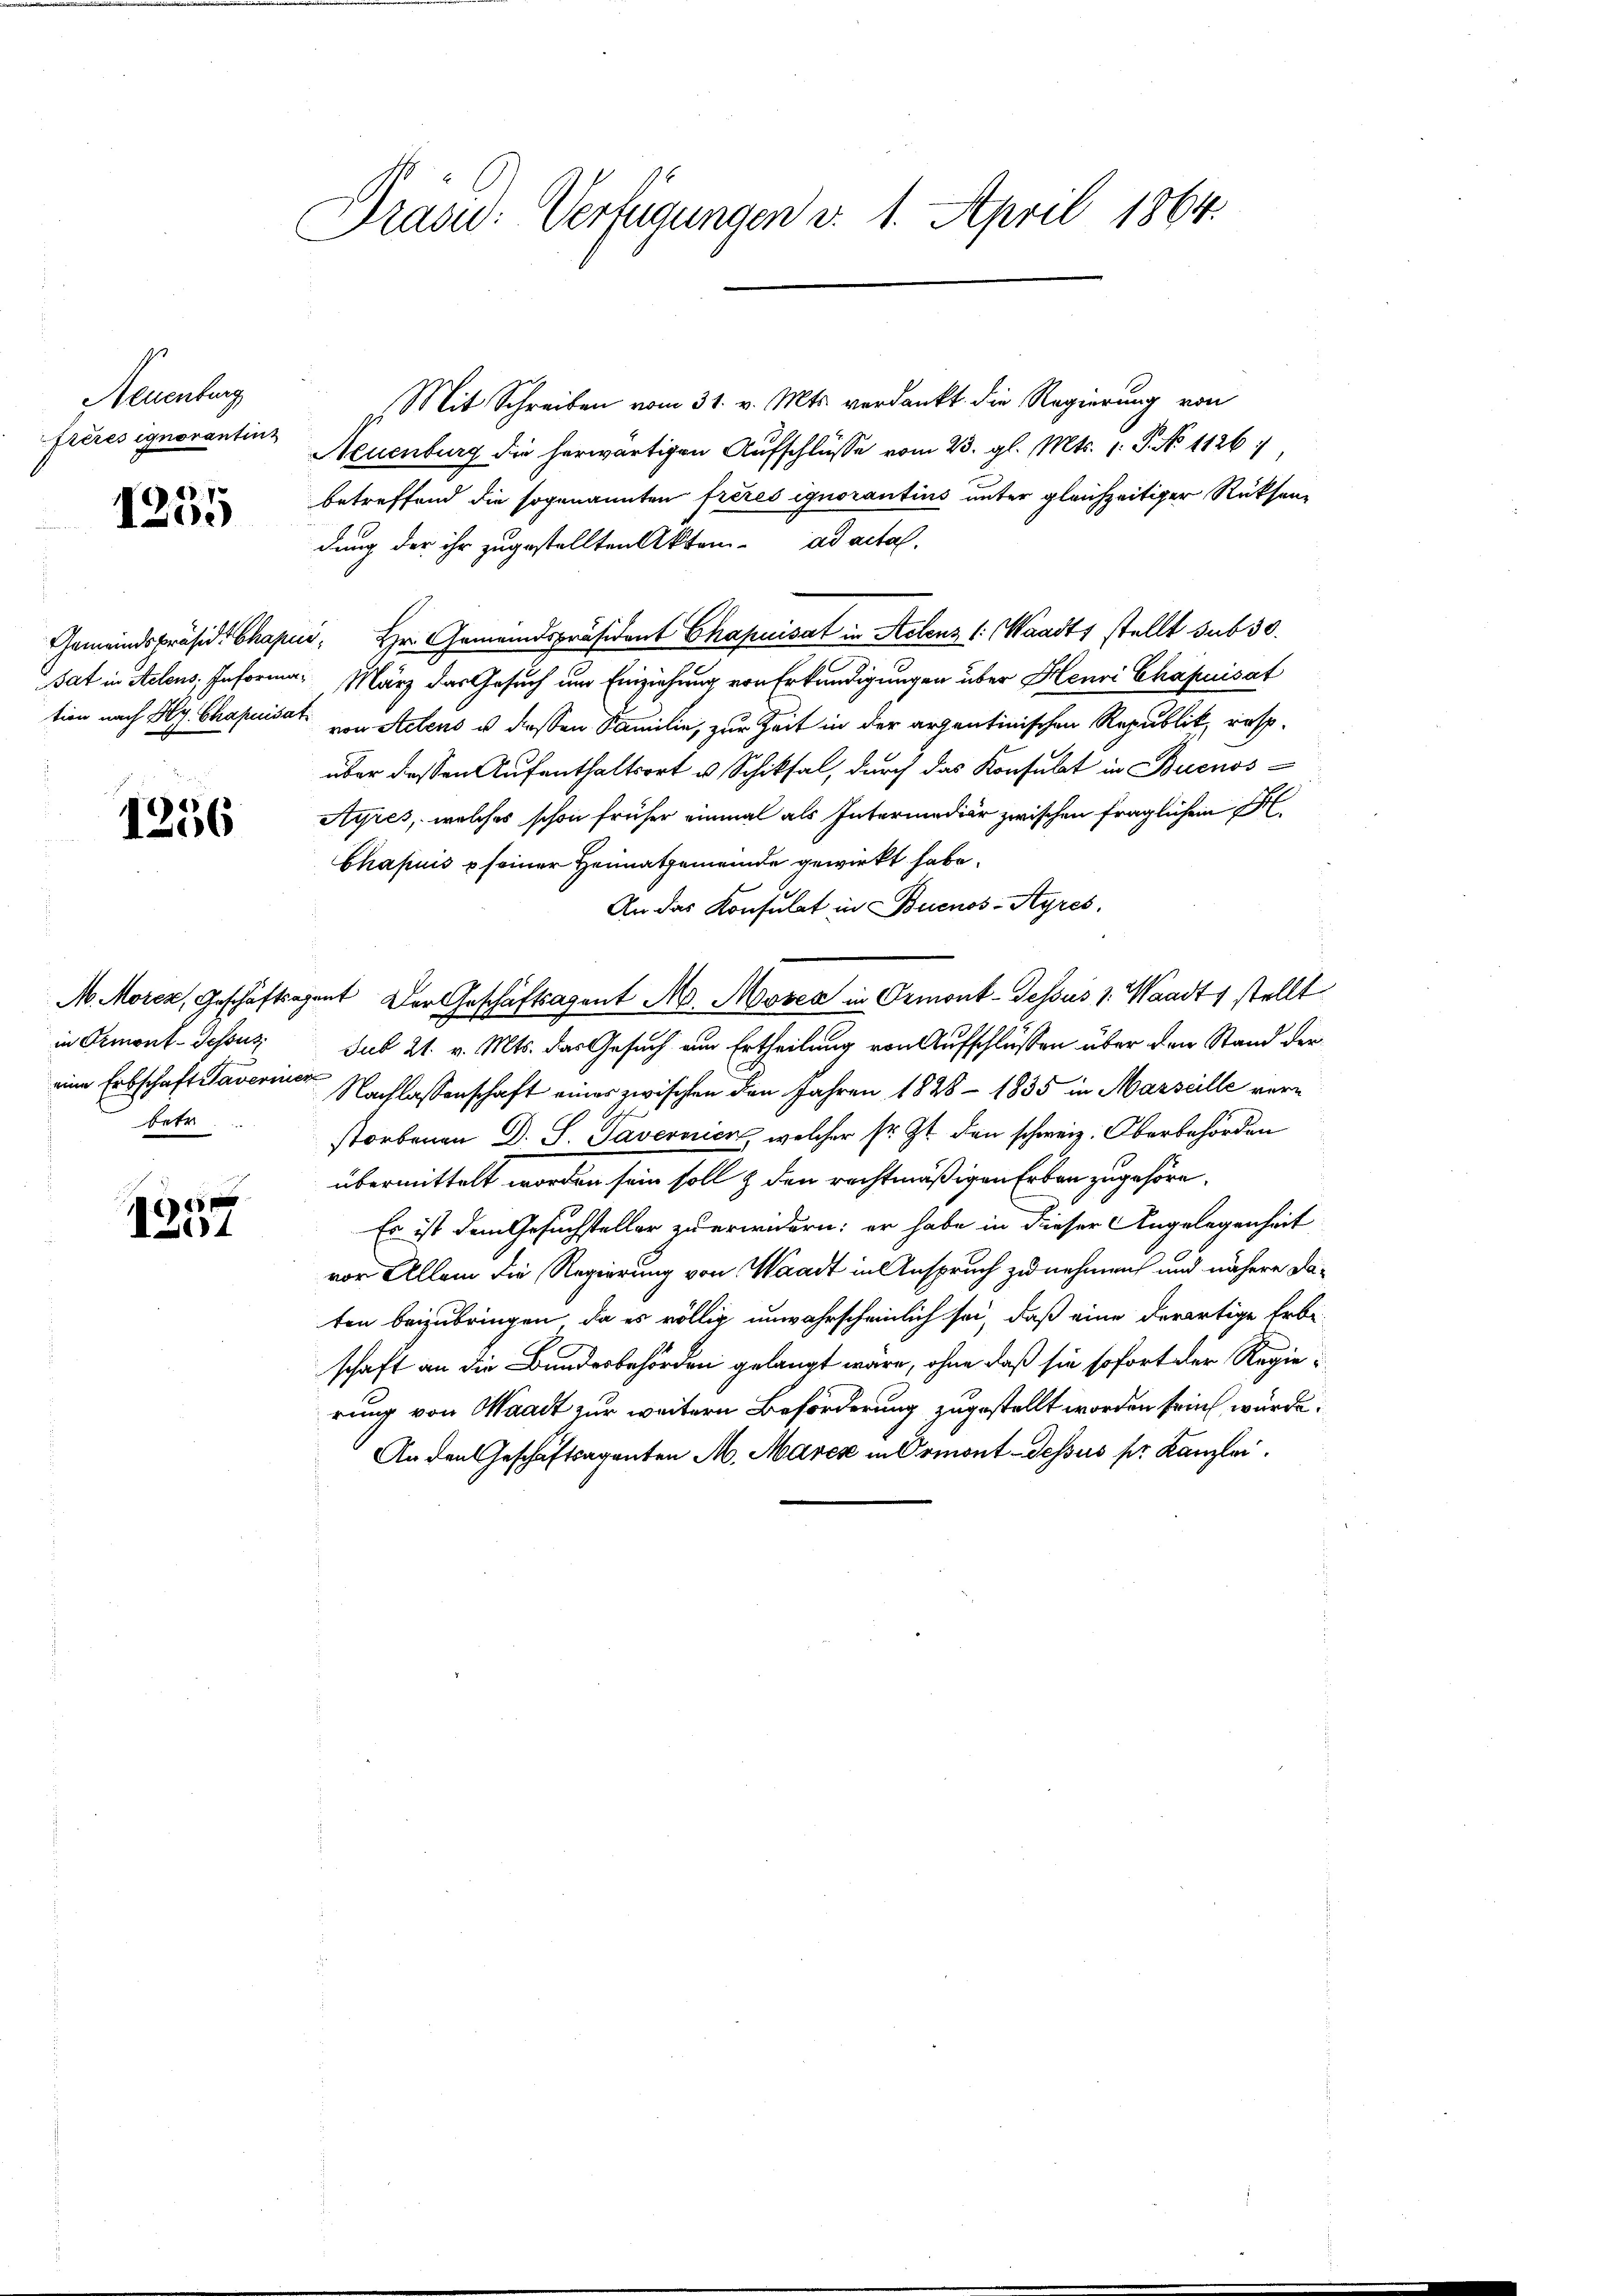
Neuenburg
frères ignorantinz

1255

Gemeindspräside Chape
sat in Actens, Informa
tion nach Hy. Chapuisa

1256

M. Moren, Geschäftsa
in Ormont-dessus
eine Erbschaft Taverner
betr.

0x
64

Dras: Verfügungen v. 1. April 1864.

. Mit Schreiben vom 31. v. Mts. verdankt die Regierung von
Neuenburg die herwärtigen Aufschlüsse vom 23. gl. Mts. 1. P. No 1126/
betreffend die sogenannten freies ignorantius unter gleichzeitiger Rücksendung der ihr zugestellten Akten. ad acta.
i. Hr. Gemeindspräsident Chapuisat in Actens (: (Waadt, stellt sub 30.
März das Gesuch um Einziehung von Erkundigungen über Henri Chapuisat
t von Actens u deßen Familie, zur Zeit in der arzentinischen Republik, resp.
über dessen Aufenthaltsort u. Schiksal, durch das Konsulat in Buenos-
Ayres, welches schon früher einmal als Intermediär zwischen fraglichen S
Chapuis u seiner Heimatgemeinde gewirkt habe.
An das Konsulat in Buenos-Ayres,
mit Der Geschäftsagent M. Moses in Ormont-dessus v. Waadt, stellt
sub 21. v. Mts. das Gesuch am Ertheilung von Aufschlüssen über den Stand der
e
Nachlassenschaft einer zwischen den Jahren 1828 - 1835 in Marseille verstorbenen D. S. Tavernien, welcher sr. Zt. den schweiz. Oberbehörden
übermittelt worden sein soll & den rechtmäßigen Erben zugehöre.
Es ist dem Gesuchsteller zu erwidern; er habe in dieser Angelegenheit
vor Allein die Regierung von Waadt in Anspruch zu nehmen und nähere Daten beizubringen, da es völlig unwahrscheinlich sei, daß eine derartige Erbe-
schaft an die Bundesbehörden gelangt wäre, ohne daß sie sofort der Regierung von Waadt zur weitern Beförderung zugestellt worden sein würde.
An den Geschäftsagenten M. Marck in Ormont-dessus pr. Kanzlei.